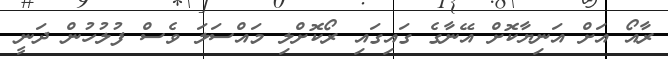
ރާއޯ އަށް އަނިޔާކޮށް އޭނާގެ ގައިގައި ރޯކޮށްލި މައްސަލަ ވެސް ފުލުހުން ދަނީ